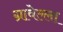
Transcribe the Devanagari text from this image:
ग्रावेल्ला